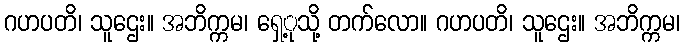
ဂဟပတိ၊ သူဌေး။ အဘိက္ကမ၊ ရှေ့ုသို့ တက်လော။ ဂဟပတိ၊ သူဌေး။ အဘိက္ကမ၊